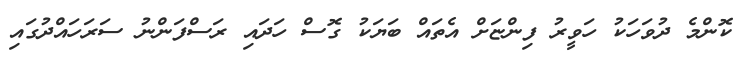
ކޮންމެ ދުވަހަކު ހަވީރު ފިންޏަށް އެތައް ބަޔަކު ގޮސް ހަދައި ރަސްފަންނު ސަރަހައްދުގައި